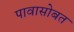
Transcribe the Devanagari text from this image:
पावासोबत